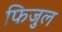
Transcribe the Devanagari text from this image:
फिजुल